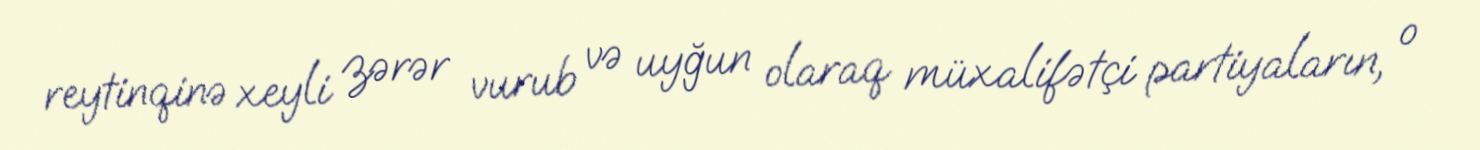
reytinqinə xeyli zərər vurub və uyğun olaraq müxalifətçi partiyaların, o